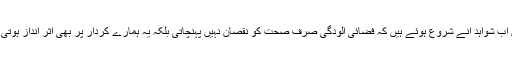
لیکن اب شواہد آنے شروع ہوئے ہیں کہ فضائی آلودگی صرف صحت کو نقصان نہیں پہنچاتی بلکہ یہ ہمارے کردار پر بھی اثر انداز ہوتی ہے۔